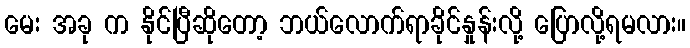
မေး အခု က နိုင်ပြီဆိုတော့ ဘယ်လောက်ရာခိုင်နှုန်းလို့ ပြောလို့ရမလား။